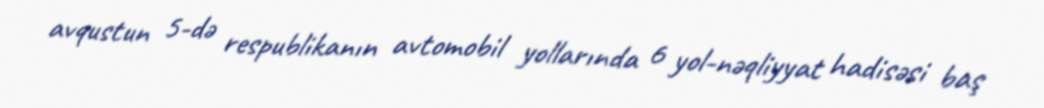
avqustun 5-də respublikanın avtomobil yollarında 6 yol-nəqliyyat hadisəsi baş